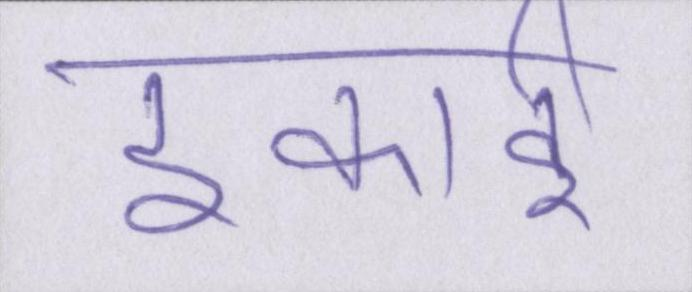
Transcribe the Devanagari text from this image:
इकाई